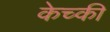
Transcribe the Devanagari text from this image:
केच्की